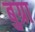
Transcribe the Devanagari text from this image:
बुग्रा